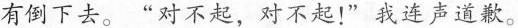
有倒下去。”对不起，对不起！”我连声道歉。